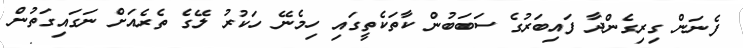
ފެނަން ގިރިގެންދާ ފައިބަރުގެ ސަބަބުން ކާތަކެތީގައި ހިމެނޭ ހަކުރު ލޭގެ ތެރެއަށް ނަގައިގަތުން